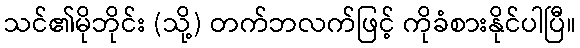
သင်၏မိုဘိုင်း (သို့) တက်ဘလက်ဖြင့် ကိုခံစားနိုင်ပါပြီ။